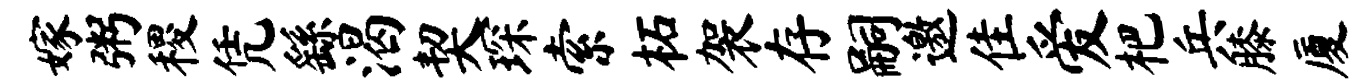
嫁粥稷凭繇渴契琛索柘袈存嗣邀隹爱杷兵膝厦